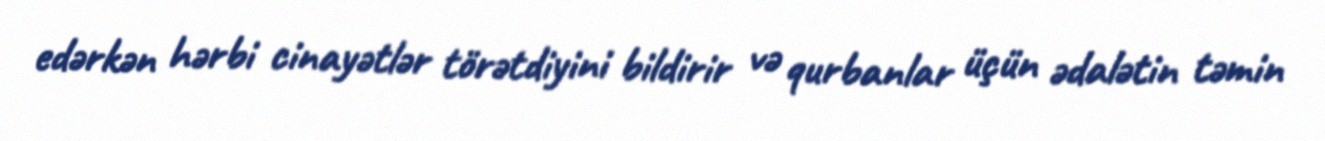
edərkən hərbi cinayətlər törətdiyini bildirir və qurbanlar üçün ədalətin təmin